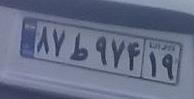
۸۷ط۹۷۴۱۹